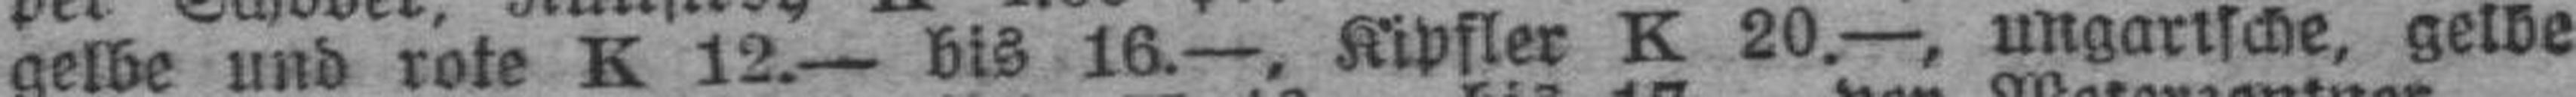
gelbe und rote K 12.— bis 16.—, Kipfler K. 20—, ungarische, gelbe